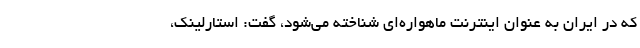
که در ایران به عنوان اینترنت ماهواره‌ای شناخته می‌شود، گفت: استارلینک،